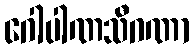
ဂေါပါဏသီဂဏာ